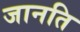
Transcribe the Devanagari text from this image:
जानति